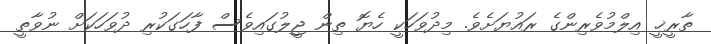
ތާރީޚީ އިލްމުވެރިންގެ ރައުޔަށެވެ. މިދުވަހަކީ ހެޔޮ ތިން ޖީލުގައިވެސް ފާހަގަކުރި ދުވަހަކަށް ނުވާތީ